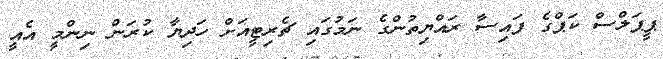
ޕީޕަލްސް ކަޕްގެ ފައިސާ ރައްޔިތުންގެ ނަމުގައި ޗެރިޓީއަށް ހަދިޔާ ކުރަން ނިންމީ އެއީ